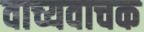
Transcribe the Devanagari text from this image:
वाच्यवाचक